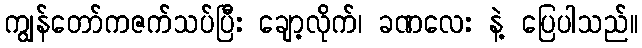
ကျွန်တော်ကဇက်သပ်ပြီး ချော့လိုက်၊ ခဏလေး နဲ့ ပြေပါသည်။